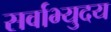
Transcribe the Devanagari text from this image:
सर्वाभ्युदय